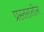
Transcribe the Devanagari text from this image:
प्रस्तरातील